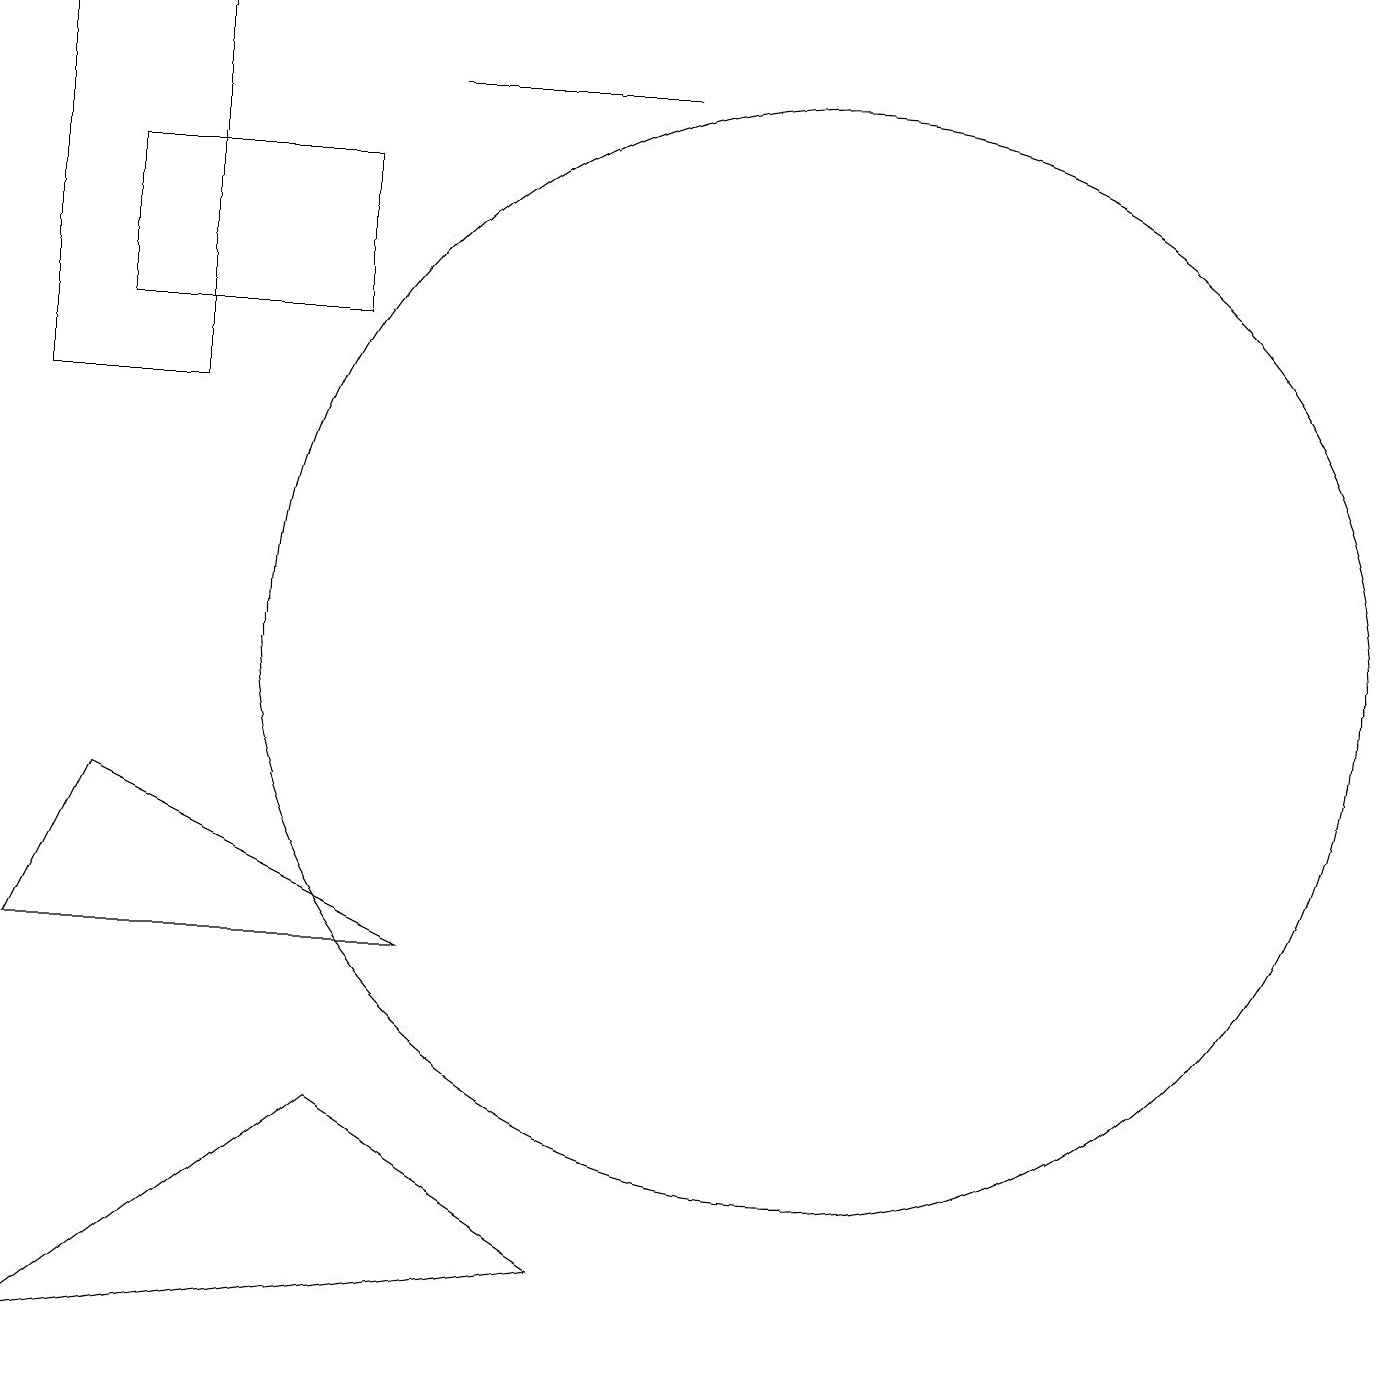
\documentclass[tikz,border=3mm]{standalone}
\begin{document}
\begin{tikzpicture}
\draw (5,4) -- (1,1) -- (8,2) -- cycle;
\draw (1,18) rectangle (3,13);
\draw (11,10) circle (7);
\draw (6,6) -- (2,8) -- (1,6) -- cycle;
\draw (6,17) rectangle (9,17);
\draw (5,16) rectangle (2,14);
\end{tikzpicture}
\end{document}